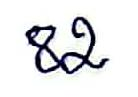
82